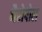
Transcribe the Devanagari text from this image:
भैरोपोल